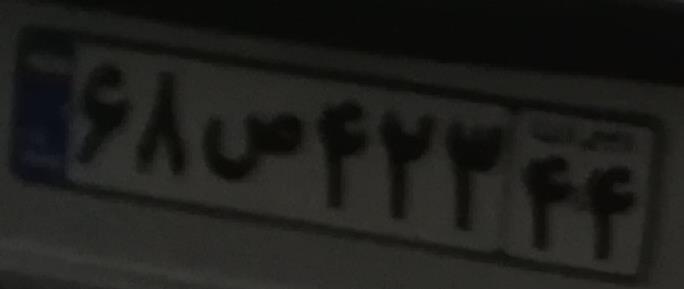
۶۸ص۴۲۳۴۴